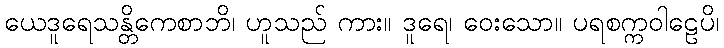
ယေဒူရေသန္တိကေစာဘိ၊ ဟူသည် ကား။ ဒူရေ၊ ဝေးသော။ ပရစက္ကဝါဠေပိ၊